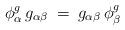
LaTeX: \begin{align*}\phi^g_{\alpha} \, g_{\alpha \beta} \: = \: g_{\alpha \beta} \,\phi^g_{\beta}\end{align*}